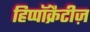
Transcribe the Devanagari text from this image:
हिप्पॉक्रैटीज़